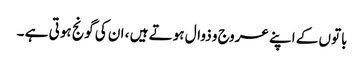
باتوں کے اپنے عروج و ذوال ہوتے ہیں ، ان کی گونج ہوتی ہے ۔